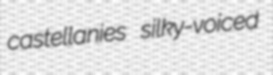
castellanies silky-voiced